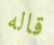
قاله